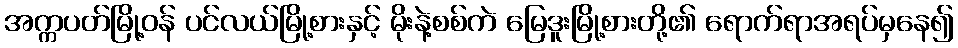
အက္ကပတ်မြို့ဝန် ပင်လယ်မြို့စားနှင့် မိုးနဲ့စစ်ကဲ မြေဒူးမြို့စားတို့၏ ရောက်ရာအရပ်မှနေ၍